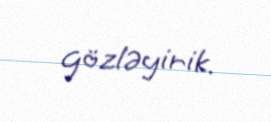
gözləyirik.